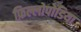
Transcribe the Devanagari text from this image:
फ़िल्लोपोडिया